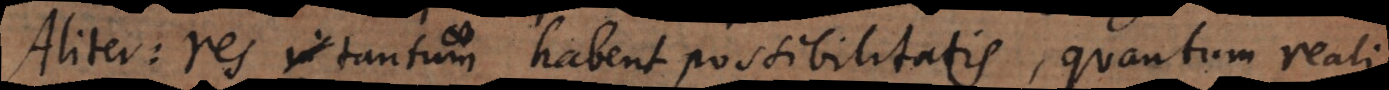
Aliter: res tantum habent possibilitatis, quantum reali